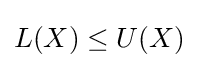
L(X)\leq U(X)